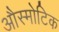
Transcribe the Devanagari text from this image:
औस्मोटिक